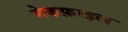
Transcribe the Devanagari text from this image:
मेकफ़ाइल